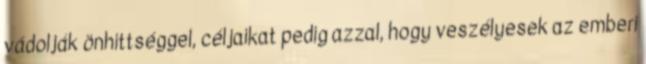
vádolják önhittséggel, céljaikat pedig azzal, hogy veszélyesek az emberi